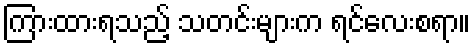
ကြားထားရသည့် သတင်းများက ရင်လေးစရာ။